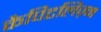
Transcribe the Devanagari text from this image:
कैपिटलिज़्म